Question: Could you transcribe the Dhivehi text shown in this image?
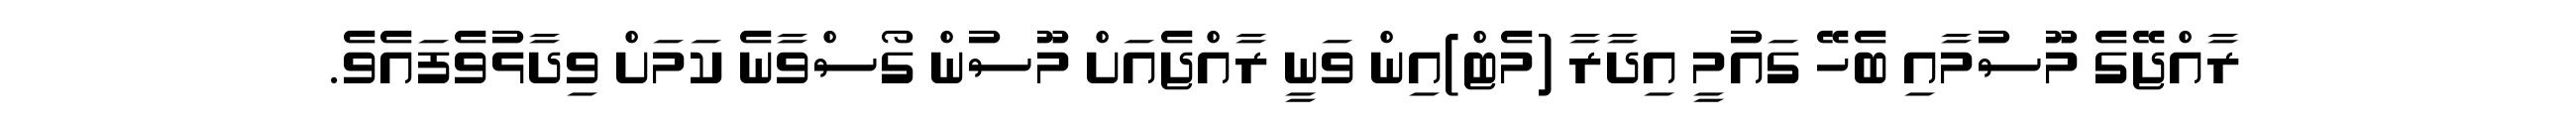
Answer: ރާއްޖޭގެ މޫސުމާއި ބެހޭ ގައުމީ އިދާރާ (މެޓް)އިން ވަނީ ރާއްޖެއަށް މޫސުން ގޯސްވާނެ ކަމަށް ވިދާޅުވެފައެވެ.